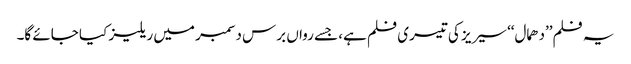
یہ فلم’’دھمال‘‘ سیریز کی تیسری فلم ہے، جسے رواں برس دسمبر میں ریلیز کیا جائے گا۔